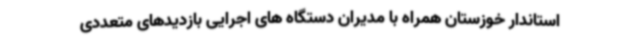
استاندار خوزستان همراه با مدیران دستگاه های اجرایی بازدیدهای متعددی